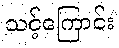
သင့်ကြောင်း